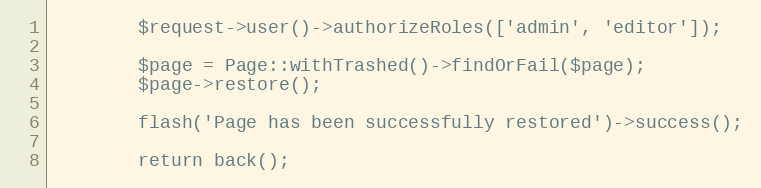
Language: PHP
        $request->user()->authorizeRoles(['admin', 'editor']);

        $page = Page::withTrashed()->findOrFail($page);
        $page->restore();

        flash('Page has been successfully restored')->success();

        return back();